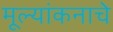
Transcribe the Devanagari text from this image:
मूल्यांकनाचे